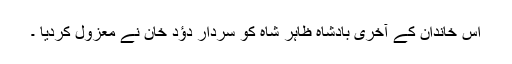
اس خاندان کے آخری بادشاہ ظاہر شاہ کو سردار دؤد خان نے معزول کردیا ۔